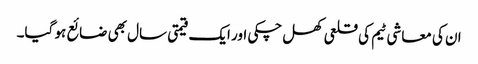
ان کی معاشی ٹیم کی قلعی کھل چکی اور ایک قیمتی سال بھی ضائع ہو گیا۔